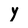
Character: Y